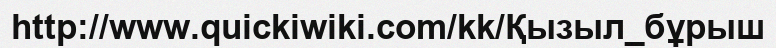
http://www.quickiwiki.com/kk/Қызыл_бұрыш